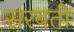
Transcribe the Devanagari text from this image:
सरबती